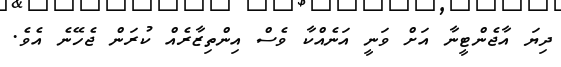
ދިޔަ އާޖެންޓީނާ އަށް ވަނީ އަނެއްކާ ވެސް އިންތިޒާރެއް ކުރަން ޖެހޭނެ އެވެ.